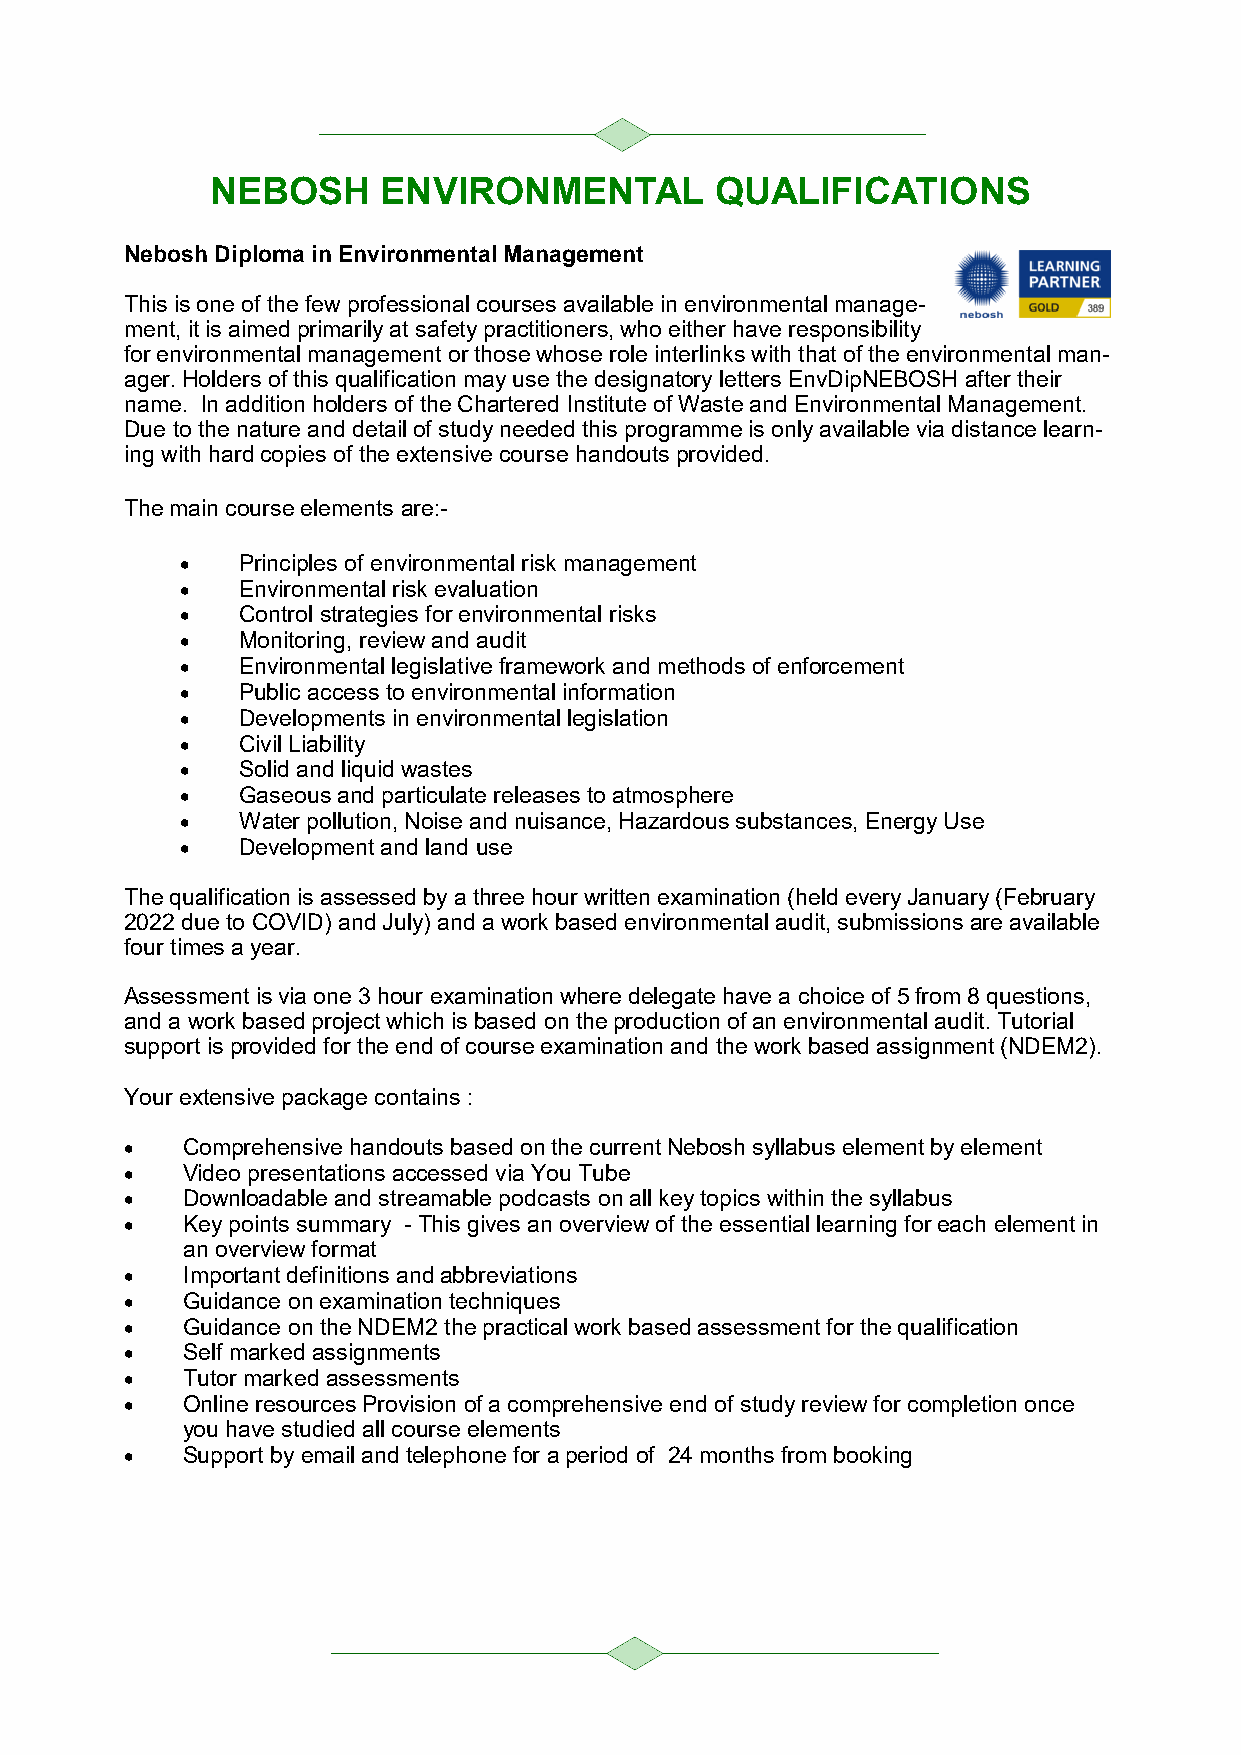
NEBOSH     ENVIRONMENTAL         QUALIFICATIONS
 Nebosh Diploma in Environmental Management
 This is one of the few professional courses available in environmental manage-
 ment, it is aimed primarily at safety practitioners, who either have responsibility
 for environmental management or those whose role interlinks with that of the environmental man-
 ager. Holders of this qualification may use the designatory letters EnvDipNEBOSH after their
 name. In addition holders of the Chartered Institute of Waste and Environmental Management.
 Due to the nature and detail of study needed this programme is only available via distance learn-
 ing with hard copies of the extensive course handouts provided.
 The main course elements are:-
 •   Principles of environmental risk management
 •   Environmental risk evaluation
 •   Control strategies for environmental risks
 •   Monitoring, review and audit
 •   Environmental legislative framework and methods of enforcement
 •   Public access to environmental information
 •   Developments in environmental legislation
 •   Civil Liability
 •   Solid and liquid wastes
 •   Gaseous and particulate releases to atmosphere
 •   Water pollution, Noise and nuisance, Hazardous substances, Energy Use
 •   Development and land use
 The qualification is assessed by a three hour written examination (held every January (February
 2022 due to COVID) and July) and a work based environmental audit, submissions are available
 four times a year.
 Assessment is via one 3 hour examination where delegate have a choice of 5 from 8 questions,
 and a work based project which is based on the production of an environmental audit. Tutorial
 support is provided for the end of course examination and the work based assignment (NDEM2).
 Your extensive package contains :
 •   Comprehensive handouts based on the current Nebosh syllabus element by element
 •   Video presentations accessed via You Tube
 •   Downloadable and streamable podcasts on all key topics within the syllabus
 •   Key points summary - This gives an overview of the essential learning for each element in
 an overview format
 •   Important definitions and abbreviations
 •   Guidance on examination techniques
 •   Guidance on the NDEM2 the practical work based assessment for the qualification
 •   Self marked assignments
 •   Tutor marked assessments
 •   Online resources Provision of a comprehensive end of study review for completion once
 you have studied all course elements
 •   Support by email and telephone for a period of 24 months from booking